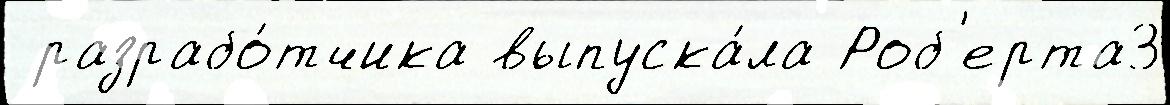
 разрабо́тчика выпуска́ла Роб'ерта3